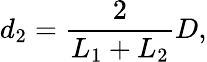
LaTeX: d_{2}=\frac{2}{L_{1}+L_{2}}D,